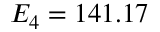
E _ { 4 } = 1 4 1 . 1 7